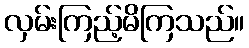
လှမ်းကြည့်မိကြသည်။